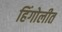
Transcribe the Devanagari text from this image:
हिंगोलीत